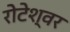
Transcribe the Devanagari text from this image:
रोटेश्वर